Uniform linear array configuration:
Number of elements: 8
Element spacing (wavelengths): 1
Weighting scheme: exponential
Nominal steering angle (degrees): -30
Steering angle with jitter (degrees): -30.501
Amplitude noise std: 0.05
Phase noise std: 0.05

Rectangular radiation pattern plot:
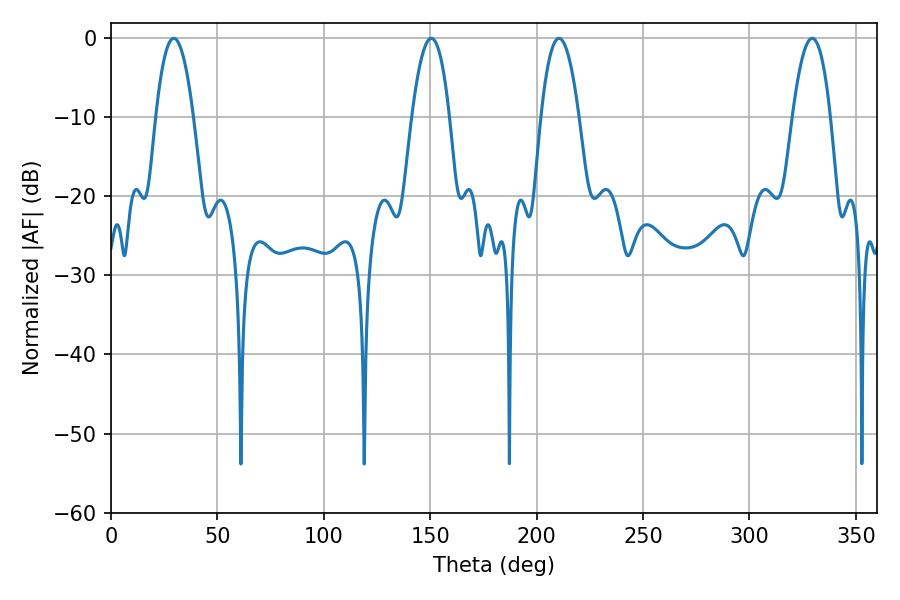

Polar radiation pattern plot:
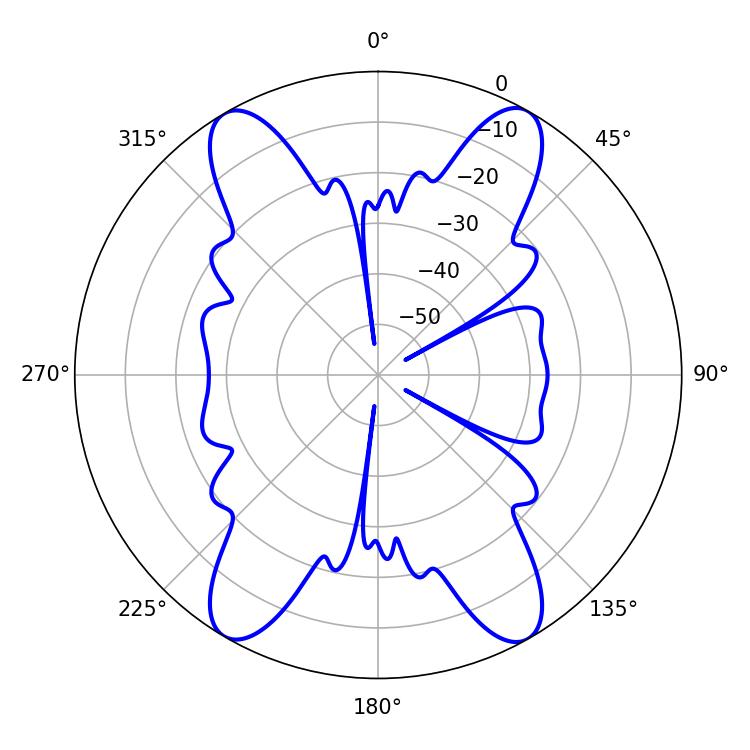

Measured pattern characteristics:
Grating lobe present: TRUE
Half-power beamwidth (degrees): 9.9
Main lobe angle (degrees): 29.52